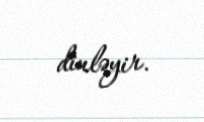
dinləyir.